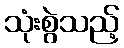
သုံးစွဲသည့်